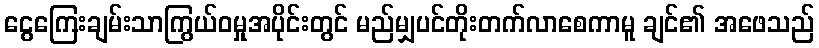
ငွေကြေးချမ်းသာကြွယ်ဝမှုအပိုင်းတွင် မည်မျှပင်တိုးတက်လာစေကာမူ ချင်၏ အဖေသည်